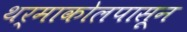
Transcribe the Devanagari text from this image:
थर्माकोलपासून